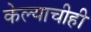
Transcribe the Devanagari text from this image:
केल्याचीही